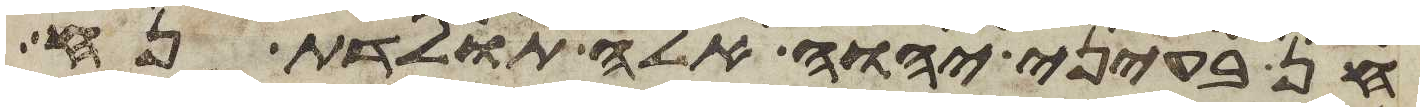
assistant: חן בעיני יהוה אלה תולדת נח